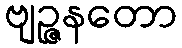
ဗျဉ္ဇနတော